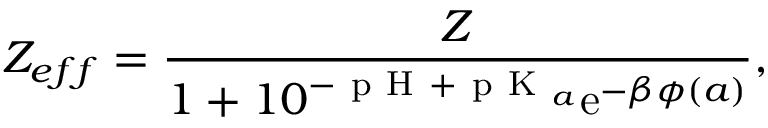
Z _ { e f f } = \frac { Z } { 1 + 1 0 ^ { - \mathrm { ~ p ~ H ~ } + \mathrm { ~ p ~ K ~ } _ { a } } \mathrm { e } ^ { - \beta \phi ( a ) } } ,